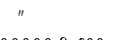
"